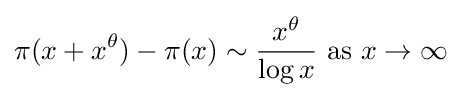
\pi (x+x^{\theta })-\pi (x)\sim {\frac {x^{\theta }}{\log x}}{\text{ as }}x\to \infty